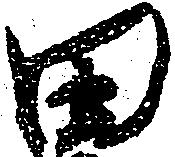
田